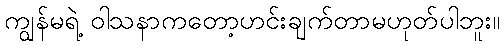
ကျွန်မရဲ့ ဝါသနာကတော့ဟင်းချက်တာမဟုတ်ပါဘူး။